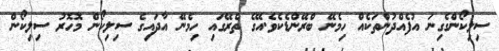
ސިލިކޯންގެގިނަ އުފެއްދުންތަކެއް ހިމެނޭ ބްރޭންޑެކެވެ.އޭގެ ތެރޭގައި ހިމެނޭ އާދައިގެ ސިލިކޯން މޮހޮރު ސިލިކޯން